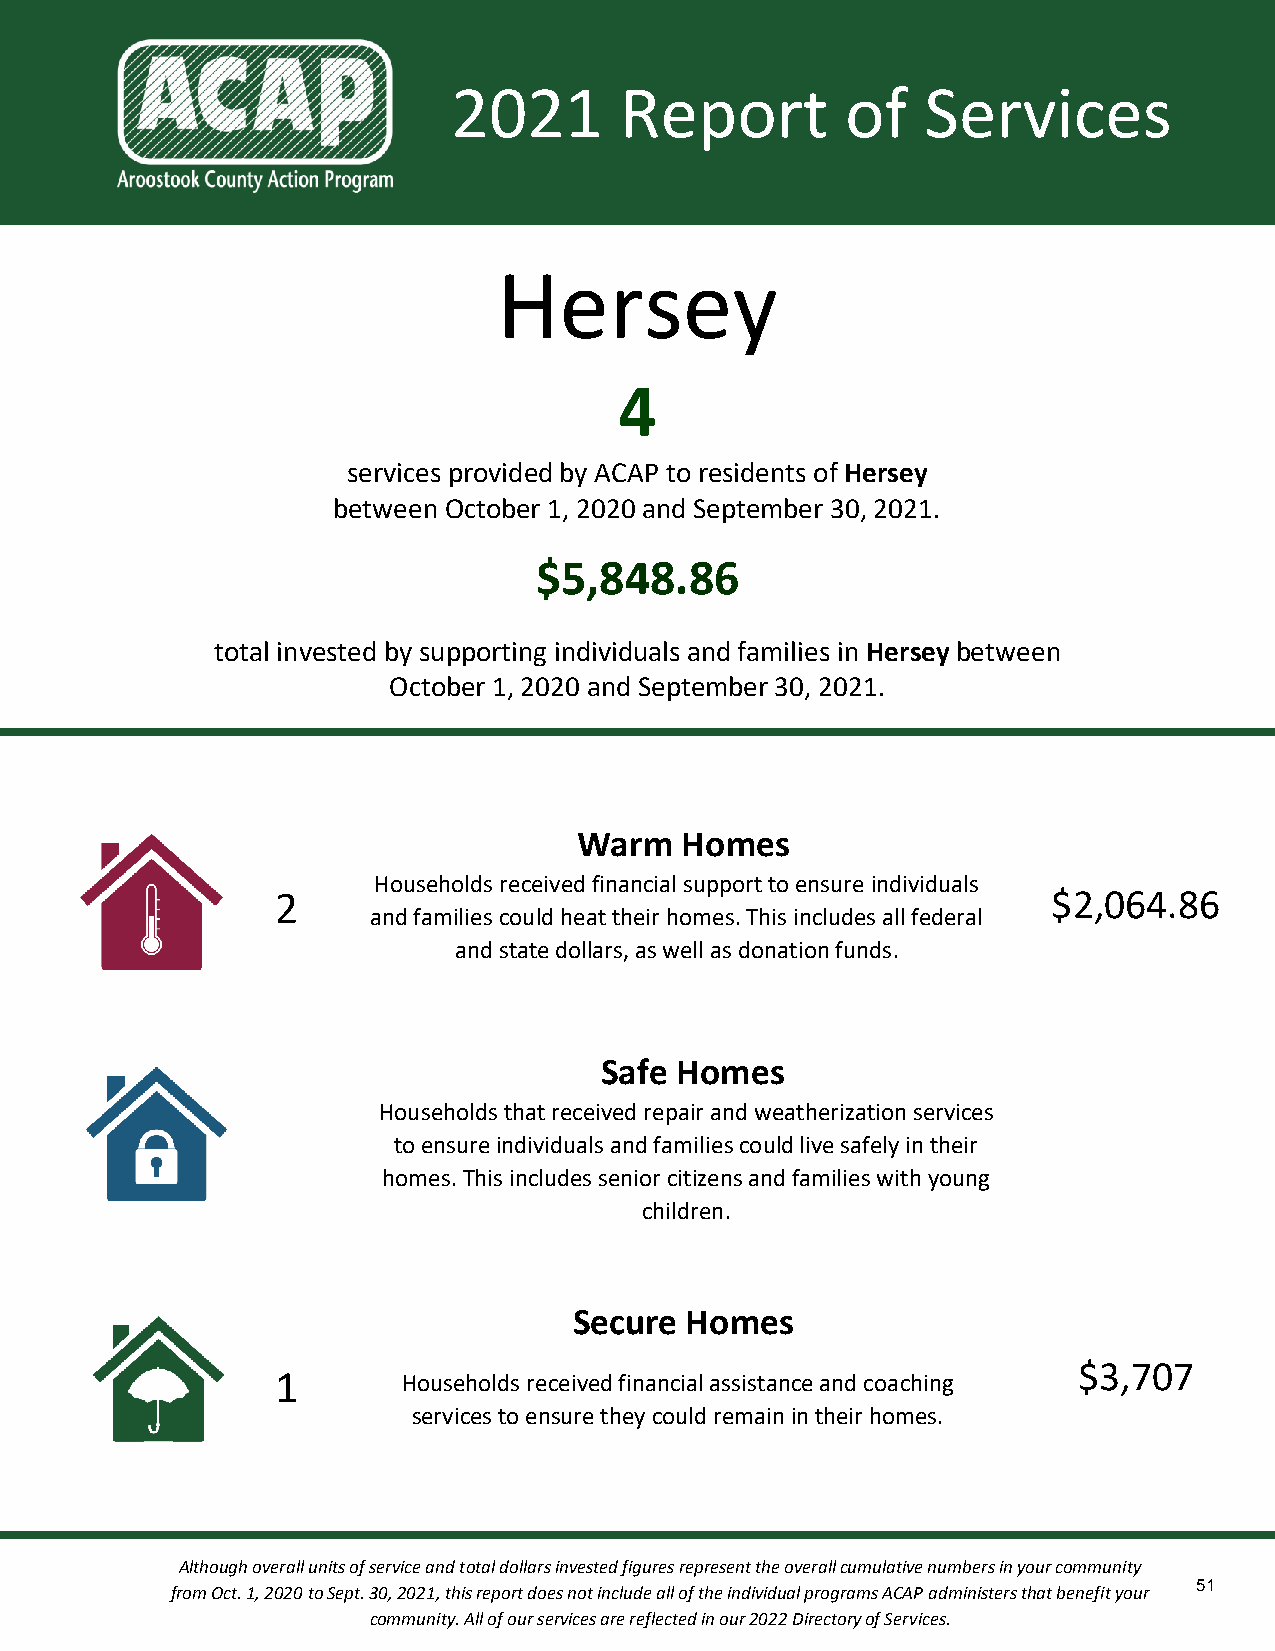
2021       Report         of   Services
 Hersey
 4
 services provided by ACAP to residents of Hersey
 between October 1, 2020 and September 30, 2021.
 $5,848.86
 total invested by supporting individuals and families in Hersey between
 October 1, 2020 and September 30, 2021.
 Warm   Homes
 Households received financial support to ensure individuals
 2                                                   $2,064.86
 and families could heat their homes. This includes all federal
 and state dollars, as well as donation funds.
 Safe Homes
 Households that received repair and weatherization services
 to ensure individuals and families could live safely in their
 homes. This includes senior citizens and families with young
 children.
 Secure Homes
 $3,707
 1        Households received financial assistance and coaching
 services to ensure they could remain in their homes.
 Although overall units of service and total dollars invested figures represent the overall cumulative numbers in your community
 51
 from Oct. 1, 2020 to Sept. 30, 2021, this report does not include all of the individual programs ACAP administers that benefit your
 community. All of our services are reflected in our 2022 Directory of Services.